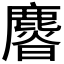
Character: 𣋴